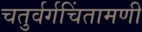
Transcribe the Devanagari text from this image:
चतुर्वर्गचिंतामणी